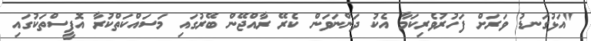
"އަޅުގަނޑު ވަރަށް ފަހުރުވެރިކަމާ އެކު ދަންނަވަން ކެރޭ ރާއްޖޭން ބޭރުގައި މަސައްކަތްކުރާ އޮފީސްތަކުގައި